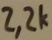
Text: 2,2K